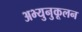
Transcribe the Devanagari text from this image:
अभ्युनुकूलन